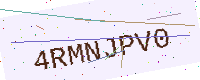
Text: 4RMNJPV0